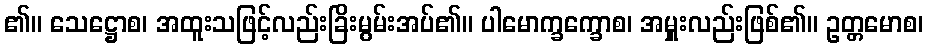
၏။ သေဋ္ဌောစ၊ အထူးသဖြင့်လည်းခြိးမွမ်းအပ်၏။ ပါမောက္ခက္ခောစ၊ အမှူးလည်းဖြစ်၏။ ဥတ္တမောစ၊